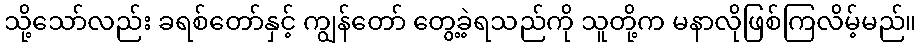
သို့သော်လည်း ခရစ်တော်နှင့် ကျွန်တော် တွေ့ခဲ့ရသည်ကို သူတို့က မနာလိုဖြစ်ကြလိမ့်မည်။